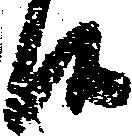
候